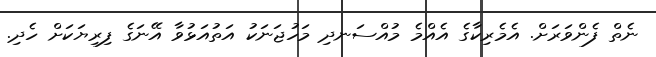
ނެތް ފެންވަރަށް. އެމެރިކާގެ އެއްމެ މުއްސަނދި މަހުޖަނަކު އަތުއަޅުވާ އޭނަގެ ފިރިޔަކަށް ހެދި.